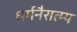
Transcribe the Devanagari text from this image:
धर्मनैरात्म्य